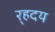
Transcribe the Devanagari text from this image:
र्‍हदय